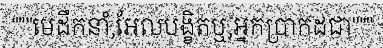
"""មេដឹកនាំ,អែលបង្ខិតឬ,អ្នកប្រាកដជា"""